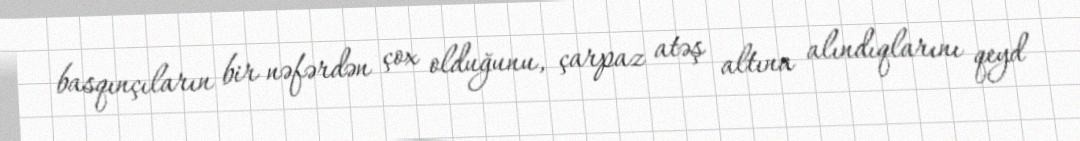
basqınçıların bir nəfərdən çox olduğunu, çarpaz atəş altına alındıqlarını qeyd